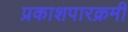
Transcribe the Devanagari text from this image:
प्रकाशपारक्रमी